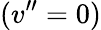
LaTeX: (v^{\prime\prime}=0)